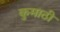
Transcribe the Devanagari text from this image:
कुमाठी